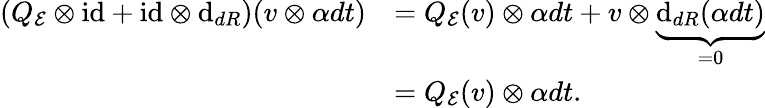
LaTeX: \begin{array}{rl}{(Q_{\mathcal{E}}\otimes\mathrm{id}+\mathrm{id}\otimes\mathrm{d}_{{dR}})(v\otimes\alpha dt)}&{=Q_{\mathcal{E}}(v)\otimes\alpha dt+v\otimes\underbrace{\mathrm{d}_{dR}(\alpha dt)}_{=0}}\\ &{=Q_{\mathcal{E}}(v)\otimes\alpha dt.}\end{array}